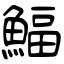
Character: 鰏